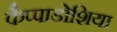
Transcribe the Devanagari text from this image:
कैप्पाडोशिया